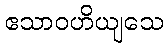
ဧသာဝဟိယျသေ